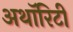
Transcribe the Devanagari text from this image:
अथाॅरिटी